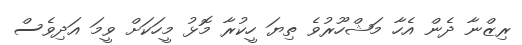
ރިޒްނާ ދެން އެހާ މަޝްހޫރުވެ ތިޔަ ހީކުރާ މޮޅު މީހަކަށް ވީމަ އަދިވެސް